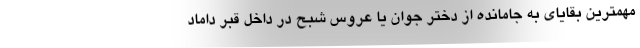
مهمترین بقایای به جامانده از دختر جوان یا عروس شبح در داخل قبر داماد